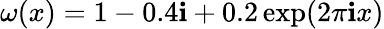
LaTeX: \omega(x)=1-0.4\mathbf{i}+0.2\exp(2\pi\mathbf{i}x)